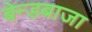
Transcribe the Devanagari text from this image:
बेन्डबाजा